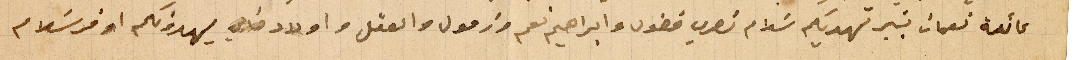
عائلة نعمان بشير تهديكم سلام نصري فضول وابراهيم نعم ورفول والعقل واولاد خالي يهدونكم اوفر سَلام